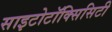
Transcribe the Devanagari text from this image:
साइटोटॉक्सिसिटी